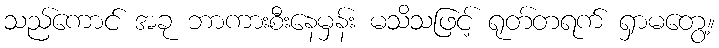
သည်ကောင် အခု ဘာကားစီးနေမှန်း မသိသဖြင့် ရုတ်တရက် ရှာမတွေ့။